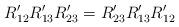
LaTeX: \begin{align*}R'_{12}R'_{13}R'_{23}=R'_{23}R'_{13}R'_{12}\end{align*}